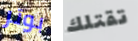
بوتر تقتلك